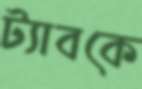
ট্যাবকে